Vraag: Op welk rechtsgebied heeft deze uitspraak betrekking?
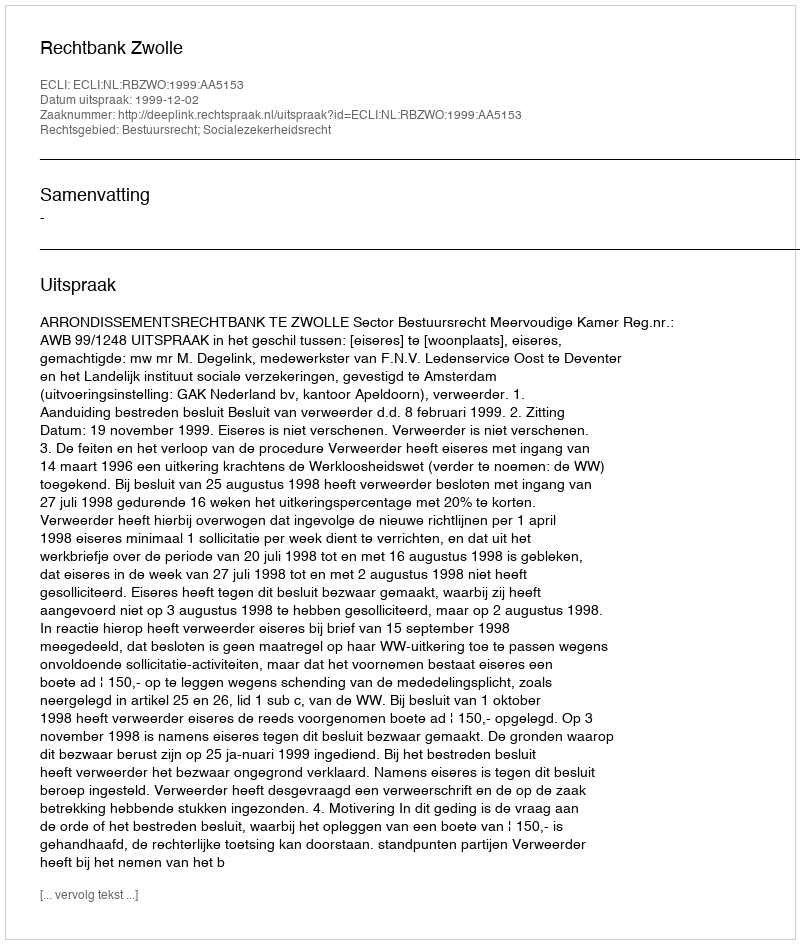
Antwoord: Bestuursrecht; Socialezekerheidsrecht